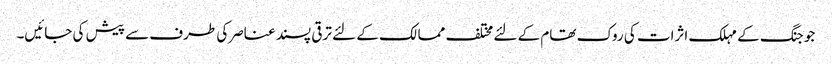
جو جنگ کے مہلک اثرات کی روک تھام کے لئے مختلف ممالک کے لئے ترقی پسند عناصرکی طرف سے پیش کی جائیں۔